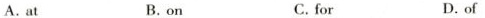
A. at B.on C. for D.of